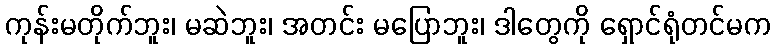
ကုန်းမတိုက်ဘူး၊ မဆဲဘူး၊ အတင်း မပြောဘူး၊ ဒါတွေကို ရှောင်ရုံတင်မက